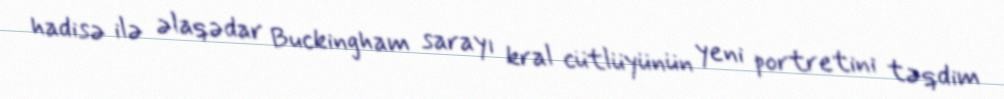
hadisə ilə əlaqədar Buckingham sarayı kral cütlüyünün yeni portretini təqdim